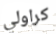
كراولي